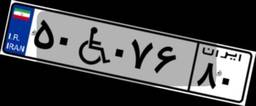
۱۵W۸۱۵۱۶